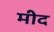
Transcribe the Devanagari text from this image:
मीद